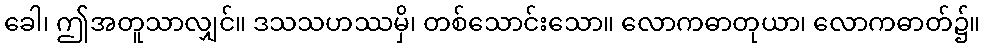
ခေါ၊ ဤအတူသာလျှင်။ ဒသသဟဿမှိ၊ တစ်သောင်းသော။ လောကဓာတုယာ၊ လောကဓာတ်၌။